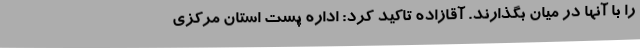
را با آنها در میان بگذارند. آقازاده تاکید کرد: اداره پست استان مرکزی